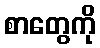
စာတွေကို